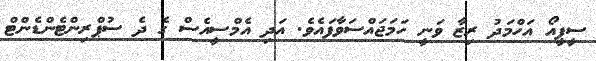
ސީޕީއޯ އަހްމަދު ރިޒާ ވަނީ ހަމަޖައްސަވާފައެވެ. އަދި އެމްސީއެސް ގެ ދެ ސުޕްރިންޓެންޑެންޓް